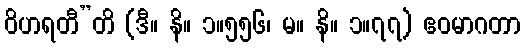
ဝိဟရတီ”တိ (ဒီ။ နိ။ ၁။၅၅၆၊ မ။ နိ။ ၁။၇၇) ဧဝမာဂတာ